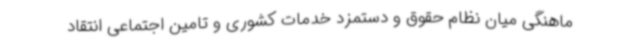
ماهنگی میان نظام حقوق و دستمزد خدمات کشوری و تامین اجتماعی انتقاد